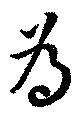
為